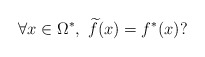
\begin{align*}\forall x\in \Omega ^{\ast },\ \widetilde{f}(x)=f^{\ast }(x)? \end{align*}